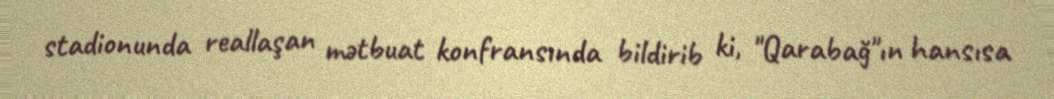
stadionunda reallaşan mətbuat konfransında bildirib ki, "Qarabağ"ın hansısa